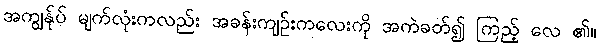
အကျွန်ုပ် မျက်လုံးကလည်း အခန်းကျဉ်းကလေးကို အကဲခတ်၍ ကြည့် လေ ၏။